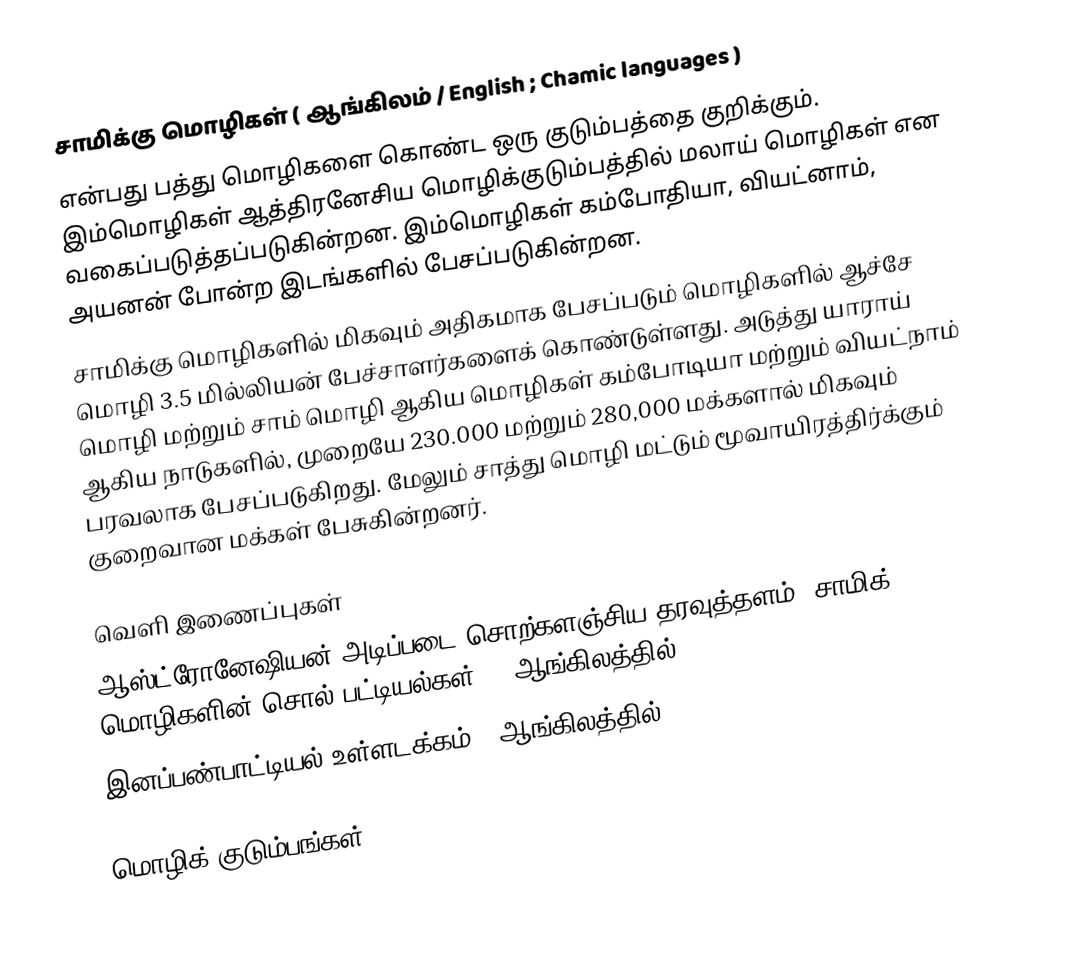
சாமிக்கு மொழிகள் ( ஆங்கிலம் / English ; Chamic languages )
என்பது பத்து மொழிகளை கொண்ட ஒரு குடும்பத்தை குறிக்கும். இம்மொழிகள் ஆத்திரனேசிய மொழிக்குடும்பத்தில் மலாய் மொழிகள் என வகைப்படுத்தப்படுகின்றன. இம்மொழிகள் கம்போதியா, வியட்னாம், அயனன் போன்ற இடங்களில் பேசப்படுகின்றன.
சாமிக்கு மொழிகளில் மிகவும் அதிகமாக பேசப்படும் மொழிகளில் ஆச்சே மொழி 3.5 மில்லியன் பேச்சாளர்களைக் கொண்டுள்ளது. அடுத்து யாராய் மொழி மற்றும் சாம் மொழி ஆகிய மொழிகள் கம்போடியா மற்றும் வியட்நாம் ஆகிய நாடுகளில், முறையே 230.000 மற்றும் 280,000 மக்களால் மிகவும் பரவலாக பேசப்படுகிறது. மேலும் சாத்து மொழி மட்டும் மூவாயிரத்திர்க்கும் குறைவான மக்கள் பேசுகின்றனர்.

வெளி இணைப்புகள்
ஆஸ்ட்ரோனேஷியன் அடிப்படை சொற்களஞ்சிய தரவுத்தளம்: சாமிக் மொழிகளின் சொல் பட்டியல்கள். - ஆங்கிலத்தில்
இனப்பண்பாட்டியல் உள்ளடக்கம் - ஆங்கிலத்தில்

மொழிக் குடும்பங்கள்